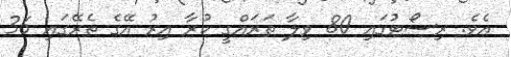
އެވެ. ރިސޯޓުގައި 80 ވިލާ ތަރައްގީ ކުރާ އިރު އޭގެ ތެރޭގައި 36